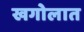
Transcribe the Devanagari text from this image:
खगोलात